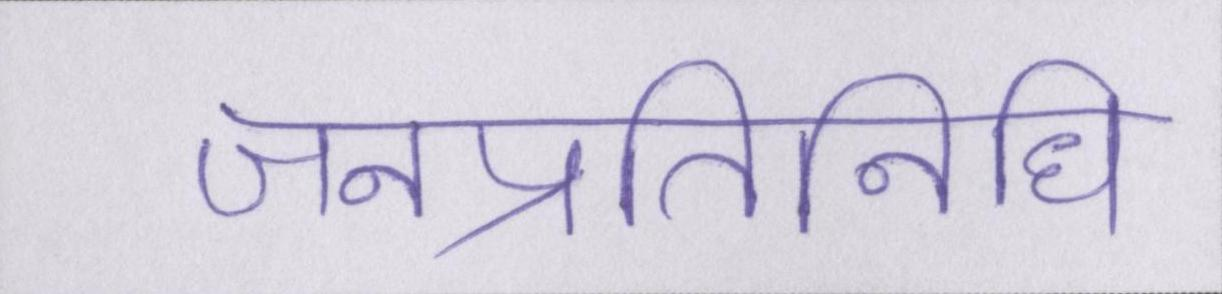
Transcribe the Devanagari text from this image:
जनप्रतिनिधि